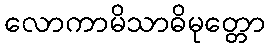
လောကာမိသာဓိမုတ္တော